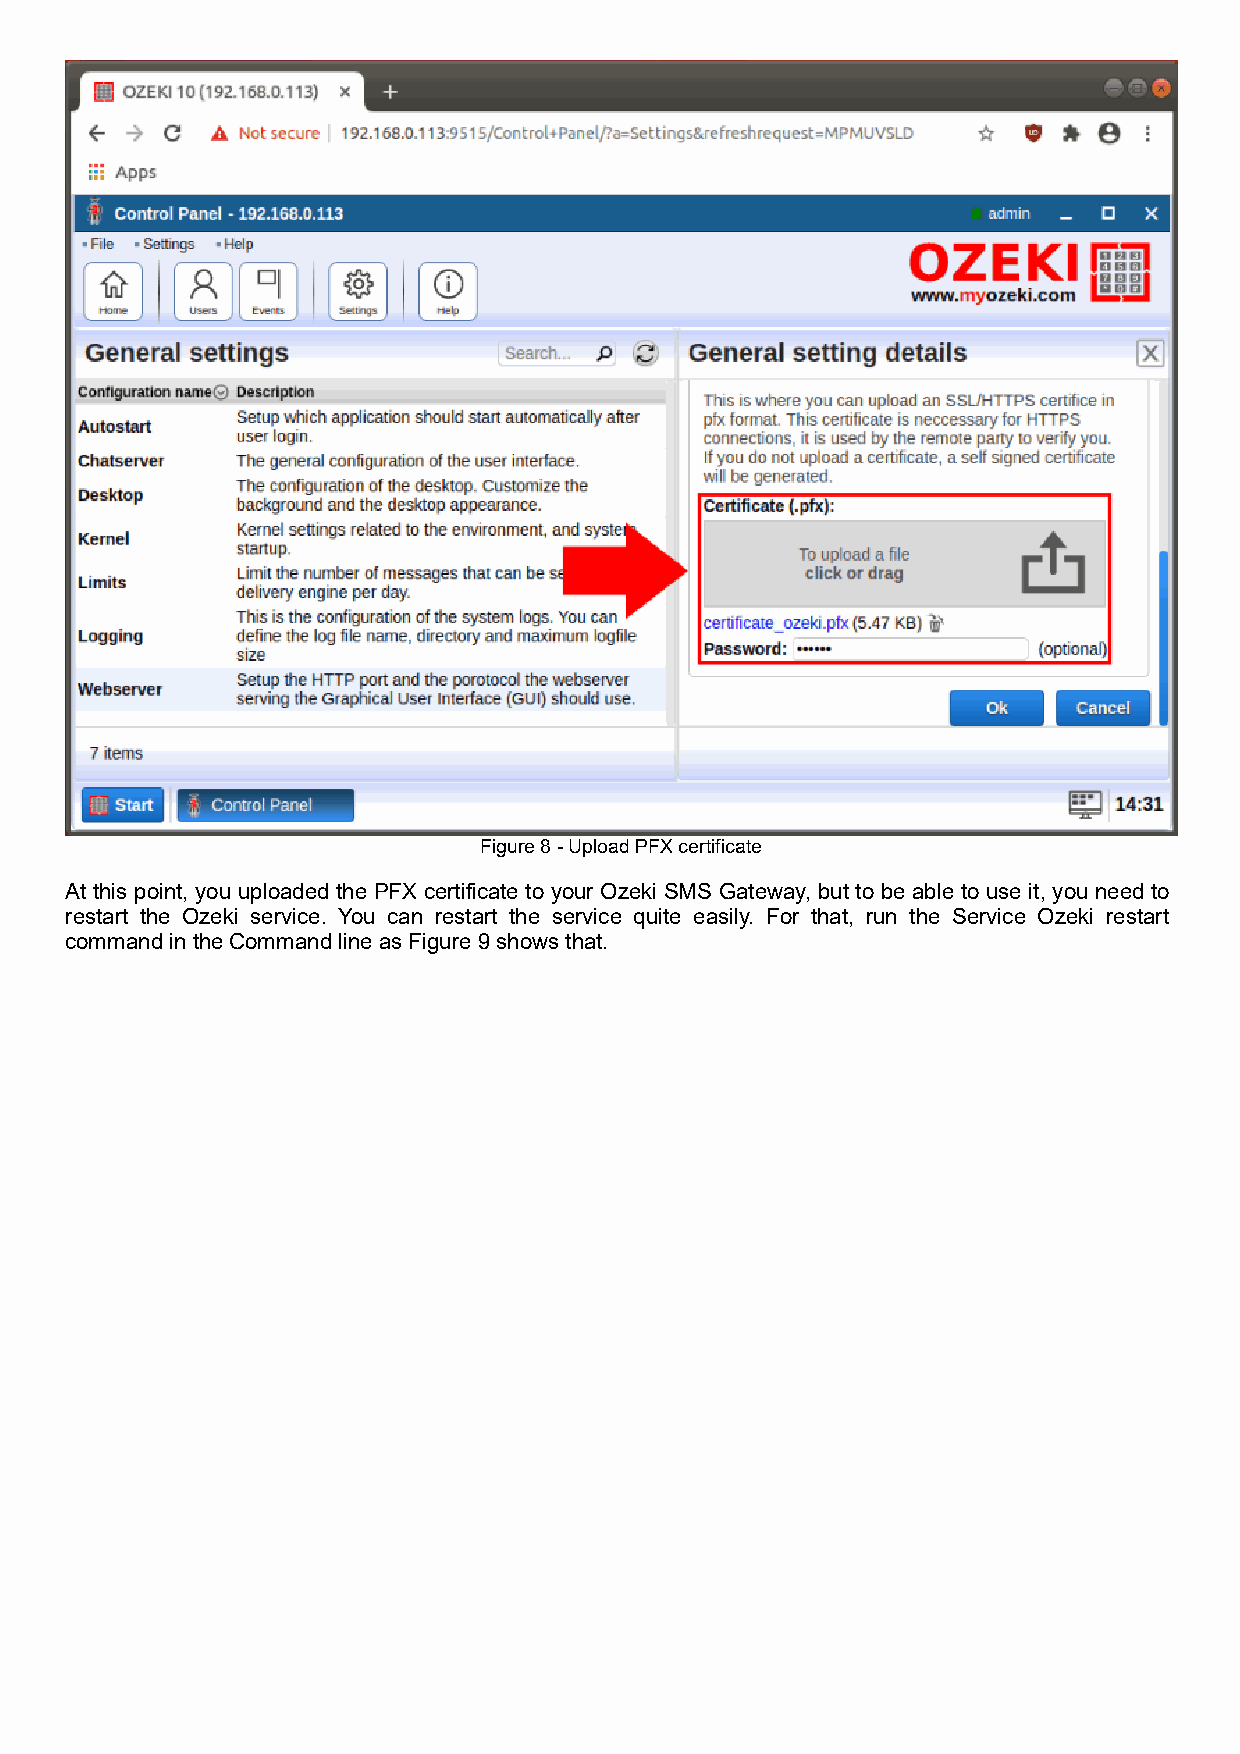
Figure 8 - Upload PFX certificate
 At this point, you uploaded the PFX certificate to your Ozeki SMS Gateway, but to be able to use it, you need to
 restart the Ozeki service. You can restart the service quite easily. For that, run the Service Ozeki restart
 command in the Command line as Figure 9 shows that.